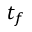
t _ { f }